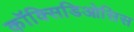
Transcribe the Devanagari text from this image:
कॉक्सिडिओसिस